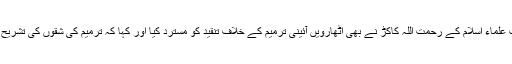
اس موقع پر موجود عوامی نیشنل پارٹی کے حاجی عدیل اور جمعیت علماء اسلام کے رحمت اللہ کاکڑ نے بھی اٹھارویں آئینی ترمیم کے خلاف تنقید کو مسترد کیا اور کہا کہ ترمیم کی شقوں کی تشریح کے تناظر میں کسی بھی قسم کا بحران عدم استحکام کو جنم دے گا۔